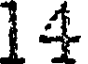
14